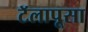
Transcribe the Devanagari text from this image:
टॅलापूसा